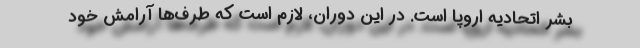
بشر اتحادیه اروپا است. در این دوران، لازم است که طرف‌ها آرامش خود